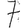
Digit: 7